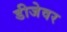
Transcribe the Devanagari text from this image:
डीजेवर